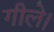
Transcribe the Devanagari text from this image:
गीले।